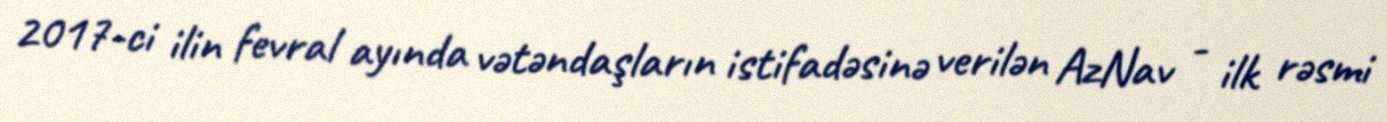
2017-ci ilin fevral ayında vətəndaşların istifadəsinə verilən AzNav - ilk rəsmi